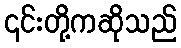
၎င်းတို့ကဆိုသည်